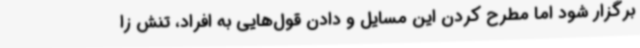
برگزار شود اما مطرح کردن این مسایل و دادن قول‌هایی به افراد، تنش زا